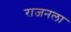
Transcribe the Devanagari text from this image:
राजनला